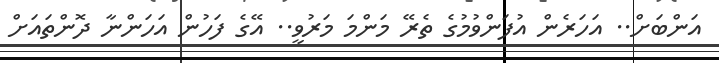
އަންބަށް.. އަހަރެން އުފަންވުމުގެ ތެރޭ މަންމަ މަރުވީ.. އޭގެ ފަހުން އަހަންނާ ދޮންތައަށް